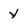
Character: Y